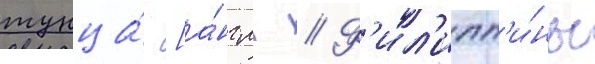
тунца́ [а́нгл. // Ф'ил'ипп'и́ны